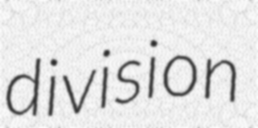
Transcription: division